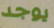
يوجد